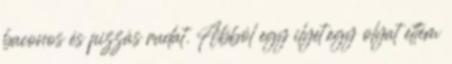
baconos és pizzás rudat. Abból egy ilyet,egy olyat ettem